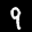
Label: 9